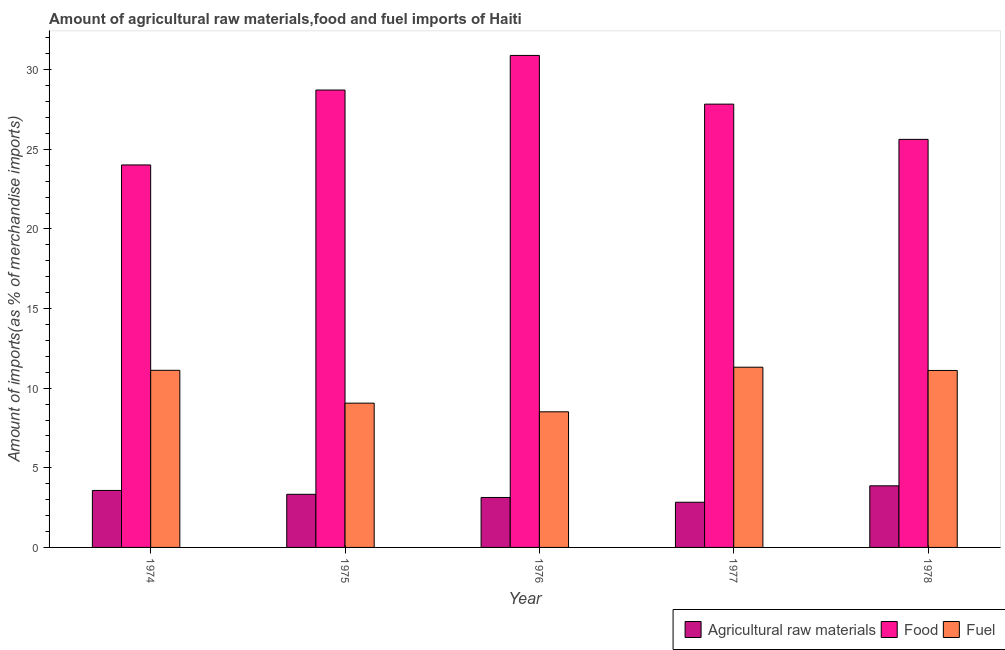
| Year | Agricultural raw materials | Food | Fuel |
 | --- | --- | --- | --- |
 | 1974 | 3.58 | 24 | 11.1 |
 | 1975 | 3.34 | 28.7 | 9.06 |
 | 1976 | 3.14 | 30.9 | 8.52 |
 | 1977 | 2.84 | 27.8 | 11.3 |
 | 1978 | 3.87 | 25.6 | 11.1 |